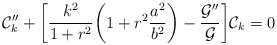
\begin{align*}{\cal C}_{k}'' +\biggl[ \frac{k^2}{1 + r^2} \biggl( 1 + r^2 \frac{a^2}{b^2} \biggr)-\frac{{\cal G}''}{{\cal G}}\biggr] {\cal C}_{k} = 0\end{align*}